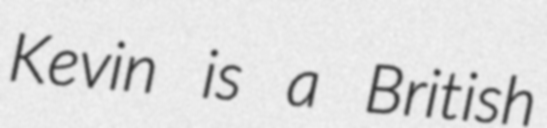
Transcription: Kevin is a British